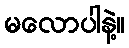
မလောပါနဲ့။